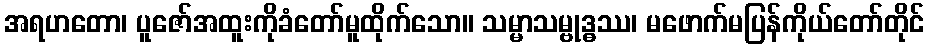
အရဟတော၊ ပူဇော်အထူးကိုခံတော်မူထိုက်သော။ သမ္မာသမ္ဗုဒ္ဓဿ၊ မဖောက်မပြန်ကိုယ်တော်တိုင်